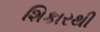
શિકારથી